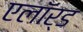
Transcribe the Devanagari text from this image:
एलॉर्ड